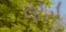
લોરો